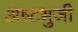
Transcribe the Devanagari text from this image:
अष्‍टभुजी